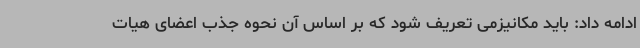
ادامه داد: باید مکانیزمی تعریف شود که بر اساس آن نحوه جذب اعضای هیات